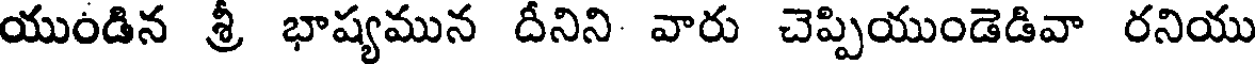
యుండిన శ్రీ భాష్యమున దీనిని వారు చెప్పియుండెడివా రనియు